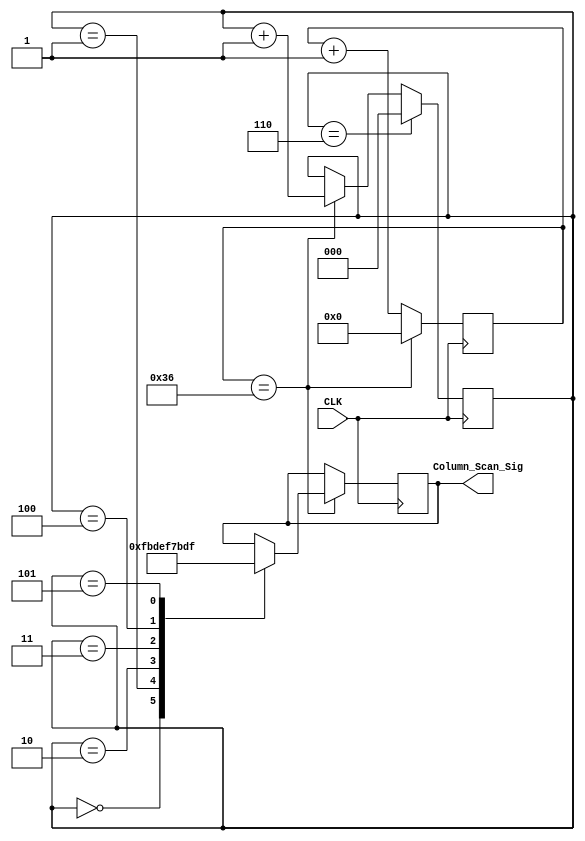
module column_scan_module (
	input CLK,
	output [5:0]Column_Scan_Sig
);

/*****************************/

parameter T10MS = 6'd54;

/*****************************/

reg [5:0]Count1;

always @ ( posedge CLK )
	if( Count1 == T10MS )
		Count1 <= 5'd0;
	else
		Count1 <= Count1 + 1'b1;

/*******************************/

reg [2:0]t;

always @ ( posedge CLK )
	if( t == 3'd6 )
		t <= 3'd0;
	else if( Count1 == T10MS )
		t <= t + 1'b1;

/*********************************/

reg [5:0]rColumn_Scan;

always @ ( posedge CLK )
	if( Count1 == T10MS )
		case( t )
			3'd0 : rColumn_Scan <= 6'b111110;
			3'd1 : rColumn_Scan <= 6'b111101;
			3'd2 : rColumn_Scan <= 6'b111011;
			3'd3 : rColumn_Scan <= 6'b110111;
			3'd4 : rColumn_Scan <= 6'b101111;
			3'd5 : rColumn_Scan <= 6'b011111;
		endcase

/******************************/

assign Column_Scan_Sig = rColumn_Scan;

/******************************/


endmodule